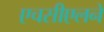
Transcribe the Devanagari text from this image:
एचसीएलने